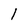
Character: 1